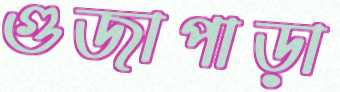
গুজাপাড়া